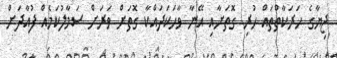
ޖިޔާގެ ހަރަކާތްތައް ހުރި ގޮތަށާއި އޭނާ ވާހަކަދައްކާ ގޮތަށް ވަރަށް ސަމާލުކަމެއް ފުއާދަށް